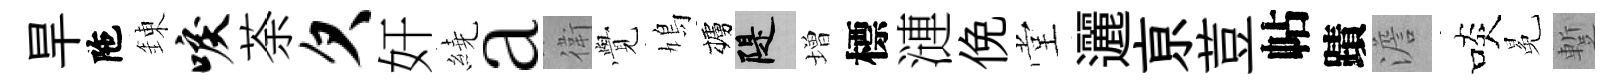
旱陁錬唳荼欠奸繞a衛𮗜鳩櫨堤増標漣俛堂邐亰荳帖蹟澹啖冕蹔